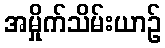
အမှိုက်သိမ်းယာဉ်